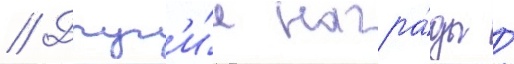
// Друг'и́е награ́ды /